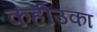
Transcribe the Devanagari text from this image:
कहीउका